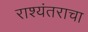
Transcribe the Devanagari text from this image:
राश्यंतराचा